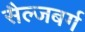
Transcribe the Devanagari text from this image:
सैल्जबर्ग